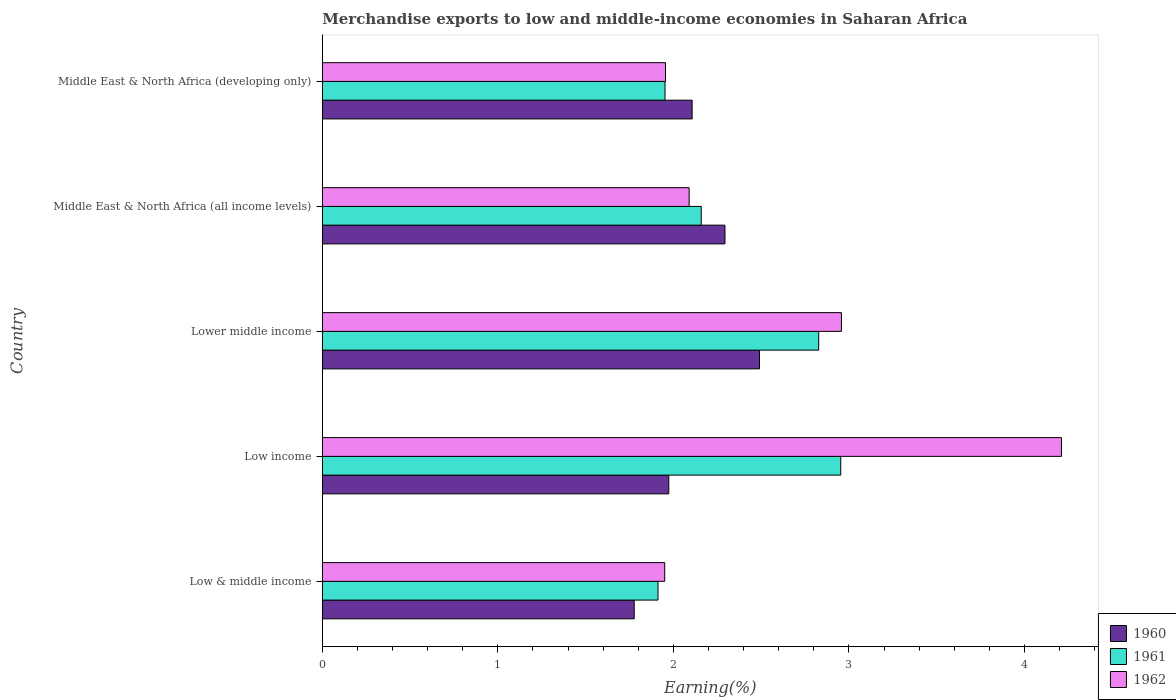
| Country | 1960 | 1961 | 1962 |
 | --- | --- | --- | --- |
 | Low & middle income | 1.78 | 1.91 | 1.95 |
 | Low income | 1.97 | 2.95 | 4.21 |
 | Lower middle income | 2.49 | 2.83 | 2.96 |
 | Middle East & North Africa (all income levels) | 2.29 | 2.16 | 2.09 |
 | Middle East & North Africa (developing only) | 2.11 | 1.95 | 1.96 |